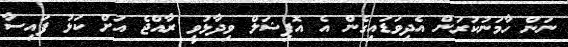
ނަން ހާމަނުކުރަން އެދިވަޑައިގެން އެ އޮފިޝަލް ވިދާޅުވީ ރާއްޖެ އަށް ކަޅު ފައިސާ